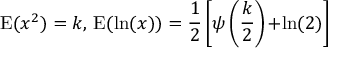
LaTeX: \operatorname { E } ( x ^ { 2 } ) = k , \, \operatorname { E } ( \ln ( x ) ) = { \frac { 1 } { 2 } } \left[ \psi \left( { \frac { k } { 2 } } \right) \! + \! \ln ( 2 ) \right]